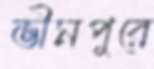
ভীমপুরে